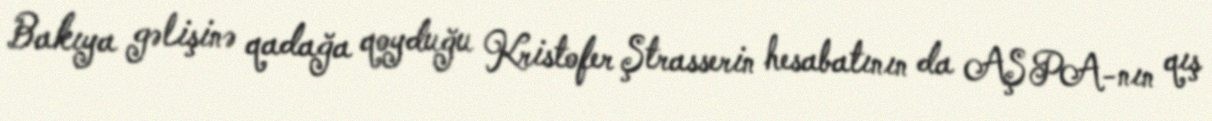
Bakıya gəlişinə qadağa qoyduğu Kristofer Ştrasserin hesabatının da AŞ PA-nın qış